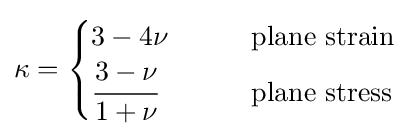
\kappa ={\begin{cases}3-4\nu &\qquad {\text{plane strain}}\\{\cfrac {3-\nu }{1+\nu }}&\qquad {\text{plane stress}}\end{cases}}